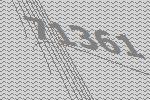
71361